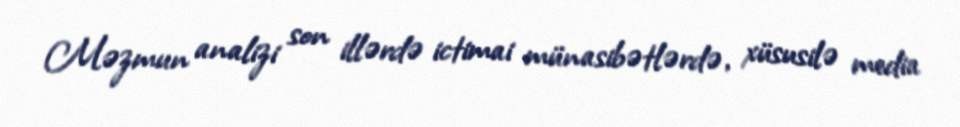
Məzmun analizi son illərdə ictimai münasibətlərdə, xüsusilə media